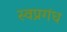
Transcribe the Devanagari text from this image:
स्वप्नगंध